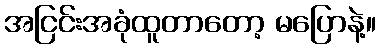
အငြင်းအခုံထူတာတော့ မပြောနဲ့။